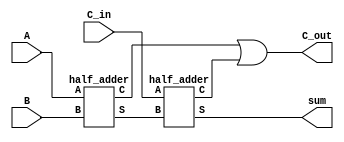
module full_adder(A, B, C_in, C_out, sum);
	input A, B, C_in;
	output C_out, sum;
	wire sum, c1, c2, s1;
	half_adder ha1(.A(A),
						.B(B),
						.C(c1),
						.S(s1)
						);
	half_adder ha2(.A(C_in),
						.B(s1),
						.C(c2),
						.S(sum)
						);
	or o1(C_out, c1, c2);
endmodule

module half_adder(A, B, S, C);
	input A, B;
	output S, C;
	
	and a1(C, A, B);
	xor x1(S, A, B);
	
endmodule